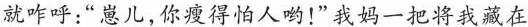
就咋呼:“崽儿,你瘦得怕人哟!”我妈一把将我藏在